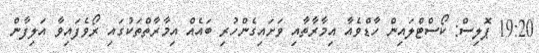
19:20 ޕޮލިސް: ކޯސްޓްލައިން ހާޑްވެއާ އިމާރާތާއި ވަށައިގެންހުރި ބައެއް އިމާރާތްތަކުގައި ރޯވެފައިވާ އަލިފާން